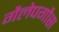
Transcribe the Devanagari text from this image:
गैलेपगौस